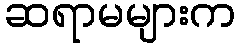
ဆရာမများက